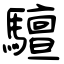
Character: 驙